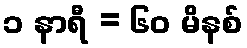
၁ နာရီ = ၆၀ မိနစ်